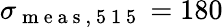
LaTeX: \sigma_{\mathrm{~m~e~a~s~,~5~1~5~}}=180